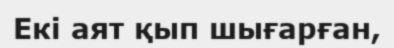
Екі аят қып шығарған,